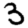
Digit: 3